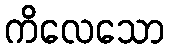
ကိလေသော